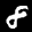
Label: 8